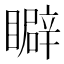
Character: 䁹